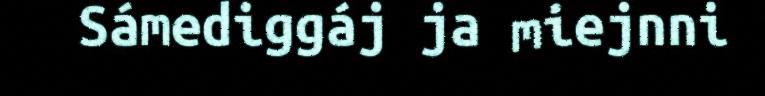
Sámediggáj ja miejnni